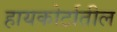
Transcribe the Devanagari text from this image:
हायकोर्टातील